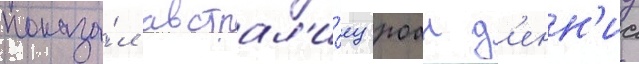
показа́л австрал'и́ец роан д'енн'ис